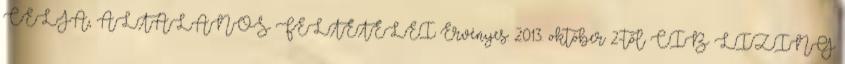
CÉLJA, ÁLTALÁNOS FELTÉTELEI Érvényes: 2013. október 2-től CIB LÍZING